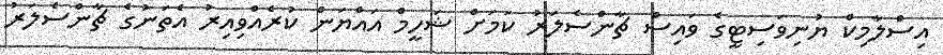
އިސްލާމިކް ޔުނިވަސިޓީގެ ވައިސް ޗާންސެލަރު ކަމަށް ޝަހީމް އައްޔަން ކުރެއްވިއިރު އެތަނުގެ ޗާންސެލަރު